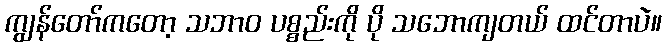
ကျွန်တော်ကတော့ သဘာဝ ပစ္စည်းကို ပို သဘောကျတယ် ထင်တာပဲ။